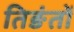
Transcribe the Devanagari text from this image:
तिङंतों